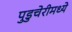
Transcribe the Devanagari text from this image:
पुडुचेरीमध्ये